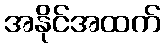
အနိုင်အထက်